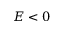
E < 0